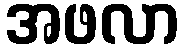
အဖလာ